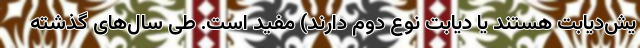
یش‌دیابت هستند یا دیابت نوع دوم دارند) مفید است. طی سال‌های گذشته